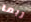
ربما